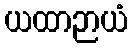
ယထာဉာယံ